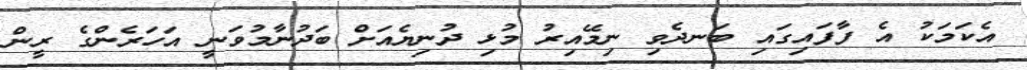
އެކަމަކު އެ ފާފައިގައި ބަނދެވި ނިމޭއިރު މުޅި ދުނިޔެއަށް ބަދުނާމުވަނީ އަހަރެންގެ ރީން